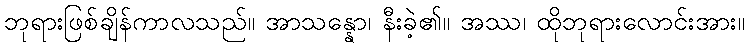
ဘုရားဖြစ်ချိန်ကာလသည်။ အာသန္နော၊ နီးခဲ့၏။ အဿ၊ ထိုဘုရားလောင်းအား။